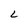
Character: L